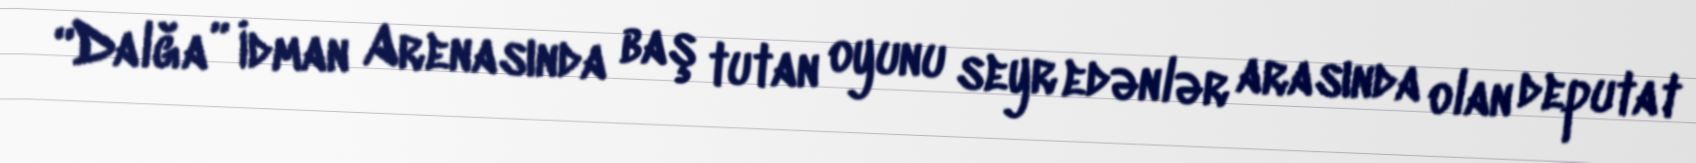
“Dalğa” İdman Arenasında baş tutan oyunu seyr edənlər arasında olan deputat